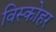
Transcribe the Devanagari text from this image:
विस्कोहर